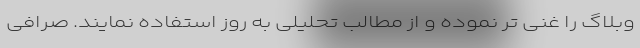
وبلاگ را غنی تر نموده و از مطالب تحلیلی به روز استفاده نمایند. صرافی